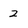
Character: 2